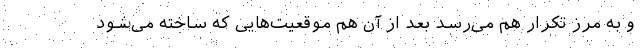
و به مرز تکرار هم می‌رسد بعد از آن هم موقعیت‌هایی که ساخته می‌شود